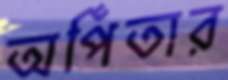
অর্পিতার